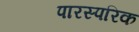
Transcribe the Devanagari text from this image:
पारस्‍परिक